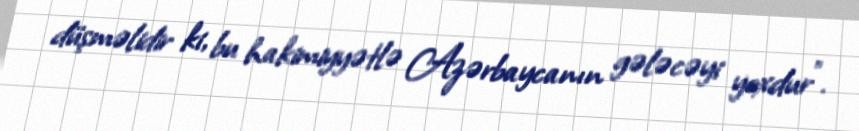
düşməlidir ki, bu hakimiyyətlə Azərbaycanın gələcəyi yoxdur”.